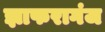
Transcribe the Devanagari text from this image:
झाफरागंज